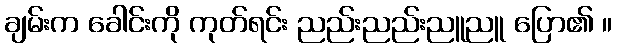
ချမ်းက ခေါင်းကို ကုတ်ရင်း ညည်းညည်းညူညူ ပြော၏ ။